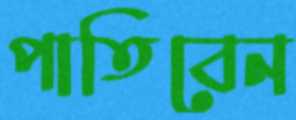
পাতিবেন